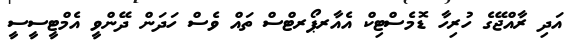
އަދި ރާއްޖޭގެ ހުރިހާ ޑޮމެސްޓިކް އެއާރޕޯރޓްސް ތައް ވެސް ހަދަން ދޭންވީ އެމްޓީސީސީ